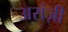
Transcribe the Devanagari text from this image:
अरांज़ी